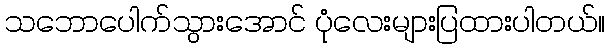
သဘောပေါက်သွားအောင် ပုံလေးများပြထားပါတယ်။